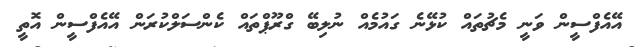
އޭއެފްސީން ވަނީ މެޗުތައް ކުޅޭނެ ގައުމެއް ނުލިބޭ ގްރޫޕްތައް ކެންސަލްކުރަން އޭއެފްސީން އޮތީ